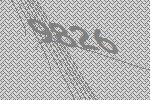
9826